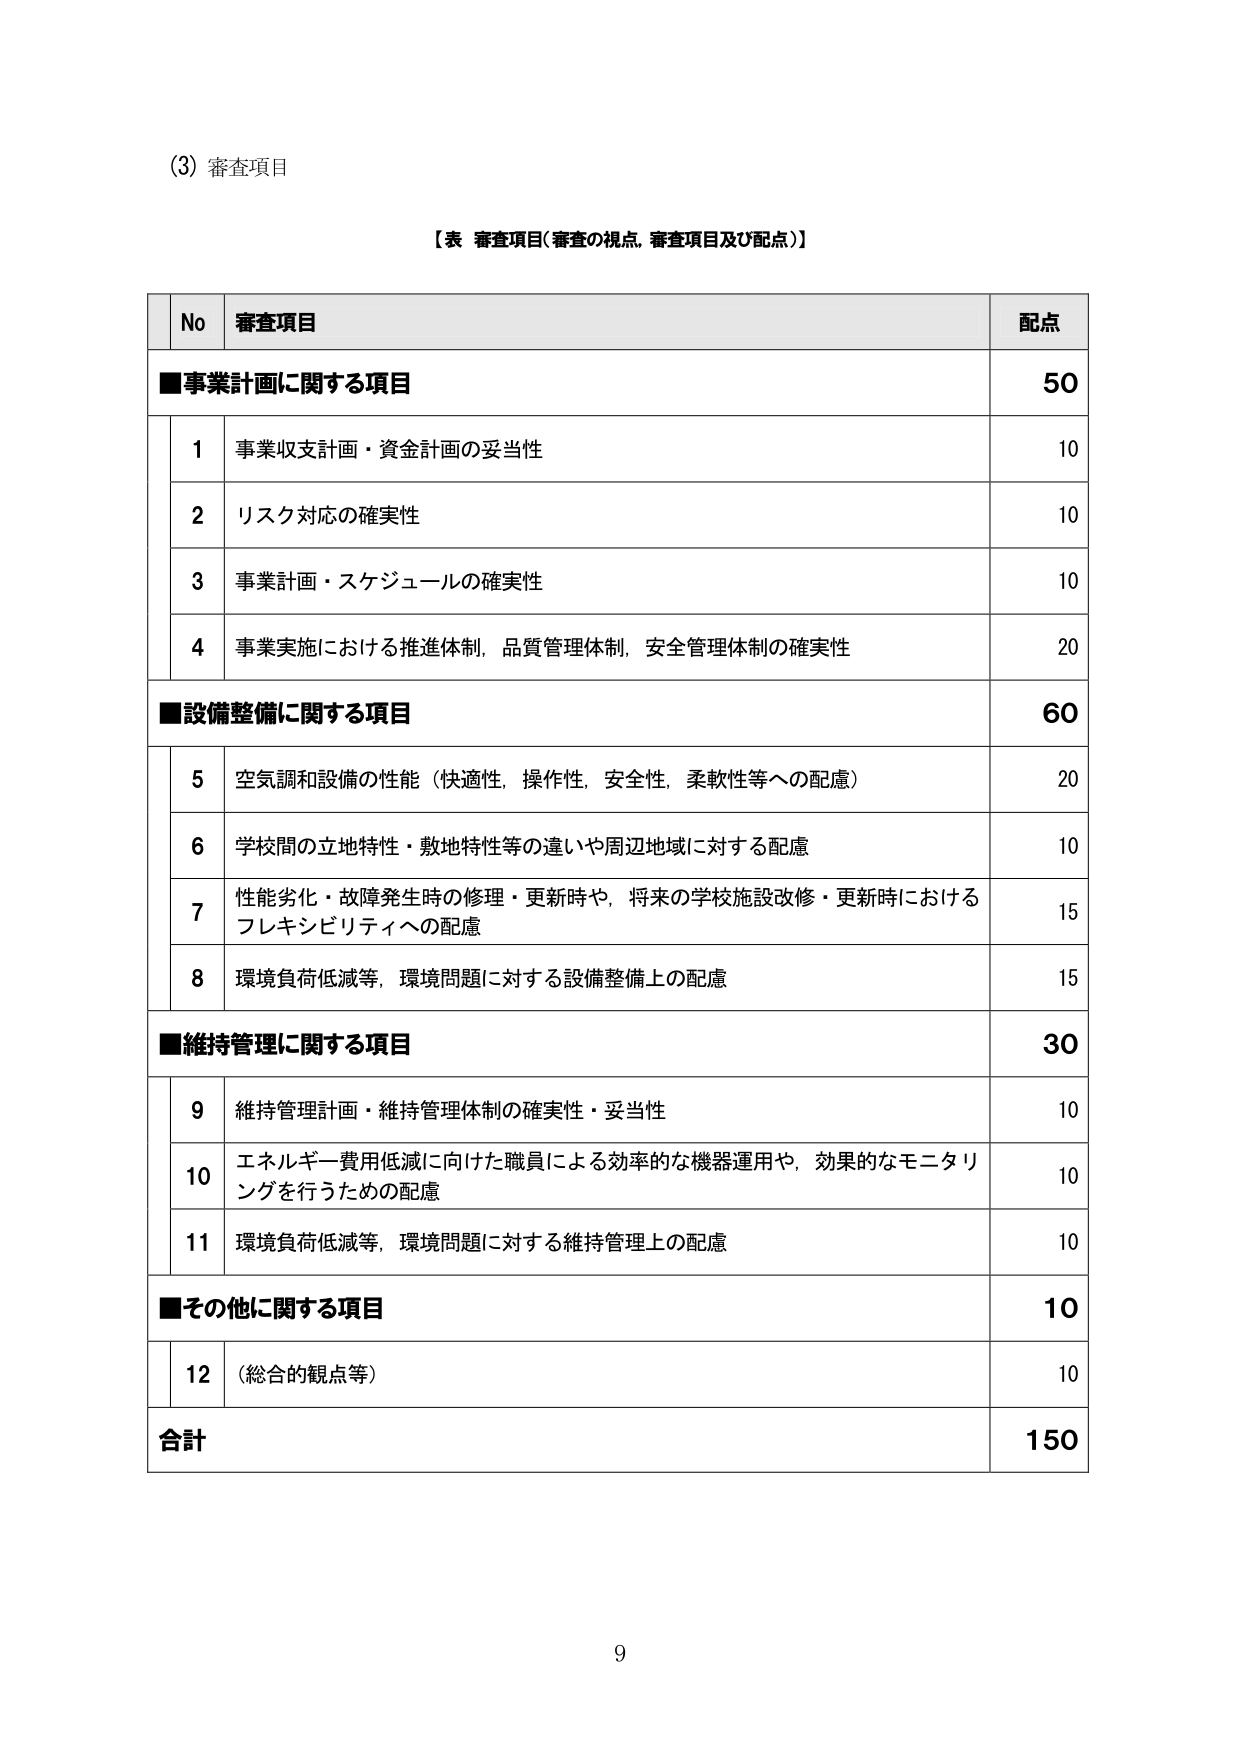
(3) 審査項目

【表 審査項目（審査の視点，審査項目及び配点）】

No 審査項目 配点

■事業計画に関する項目 50
1 事業収支計画・資金計画の妥当性 10
2 リスク対応の確実性 10
3 事業計画・スケジュールの確実性 10
4 事業実施における推進体制，品質管理体制，安全管理体制の確実性 20

■設備整備に関する項目 60
5 空気調和設備の性能（快適性，操作性，安全性，柔軟性等への配慮） 20
6 学校間の立地特性・敷地特性等の違いや周辺地域に対する配慮 10
7 性能劣化・故障発生時の修理・更新時や，将来の学校施設改修・更新時におけるフレキシビリティへの配慮 15
8 環境負荷低減等，環境問題に対する設備整備上の配慮 15

■維持管理に関する項目 30
9 維持管理計画・維持管理体制の確実性・妥当性 10
10 エネルギー費用低減に向けた職員による効率的な機器運用や，効果的なモニタリングを行うための配慮 10
11 環境負荷低減等，環境問題に対する維持管理上の配慮 10

■その他に関する項目 10
12 （総合的観点等） 10

合計 150

9